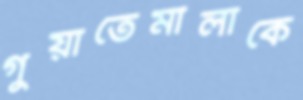
গুয়াতেমালাকে